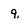
Character: 9